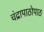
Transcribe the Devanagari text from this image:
चंद्रापाठोपाठ